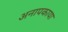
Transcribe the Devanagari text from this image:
अनापकाया